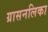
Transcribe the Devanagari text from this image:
ग्रासनलिका